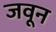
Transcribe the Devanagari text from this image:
जवून